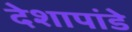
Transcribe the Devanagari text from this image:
देशापांडे